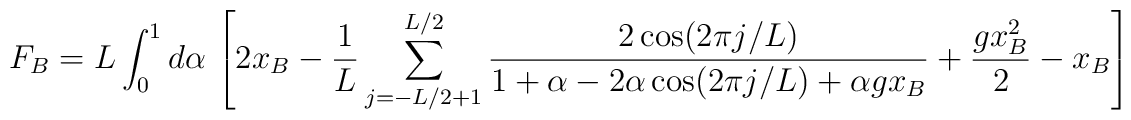
F_B = L \int_{0}^{1} d\alpha \, \left[ 2x_B - \frac{1}{L}\sum_{j=-L/2 +1}^{L/2}\frac{2\cos (2\pi j/L)}{1+\alpha -2\alpha \cos (2\pi j/L) +\alpha gx_B }+\frac{gx_B^2 }{2} -x_B \right]